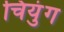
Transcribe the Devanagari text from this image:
चियुंग